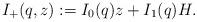
LaTeX: \begin{align*}I_+(q,z):=I_0(q)z+I_1(q)H.\end{align*}